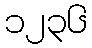
၁၂၃၆